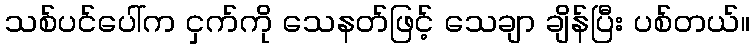
သစ်ပင်ပေါ်က ငှက်ကို သေနတ်ဖြင့် သေချာ ချိန်ပြီး ပစ်တယ်။